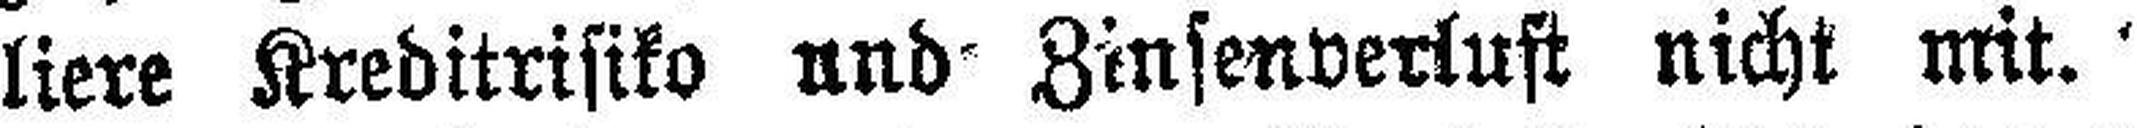
liere Kreditrisiko und Zinsenverlust nicht mit.